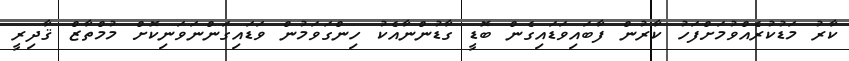
ކާރު މަޑުކުރެއްވުމަށްފަހު ކާރުން ފާބައިވަޑައިގެން ބޮޑީ ގާޑުންނާއެކު ހިންގަވަމުން ވަޑައިގަންނަވަނިކޮށް މުމްތާޒް ޤާދިރީ